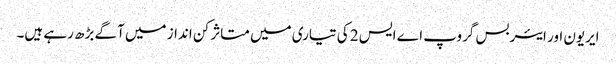
ایریون اور ایئربس گروپ اے ایس 2 کی تیاری میں متاثر کن انداز میں آگے بڑھ رہے ہیں۔